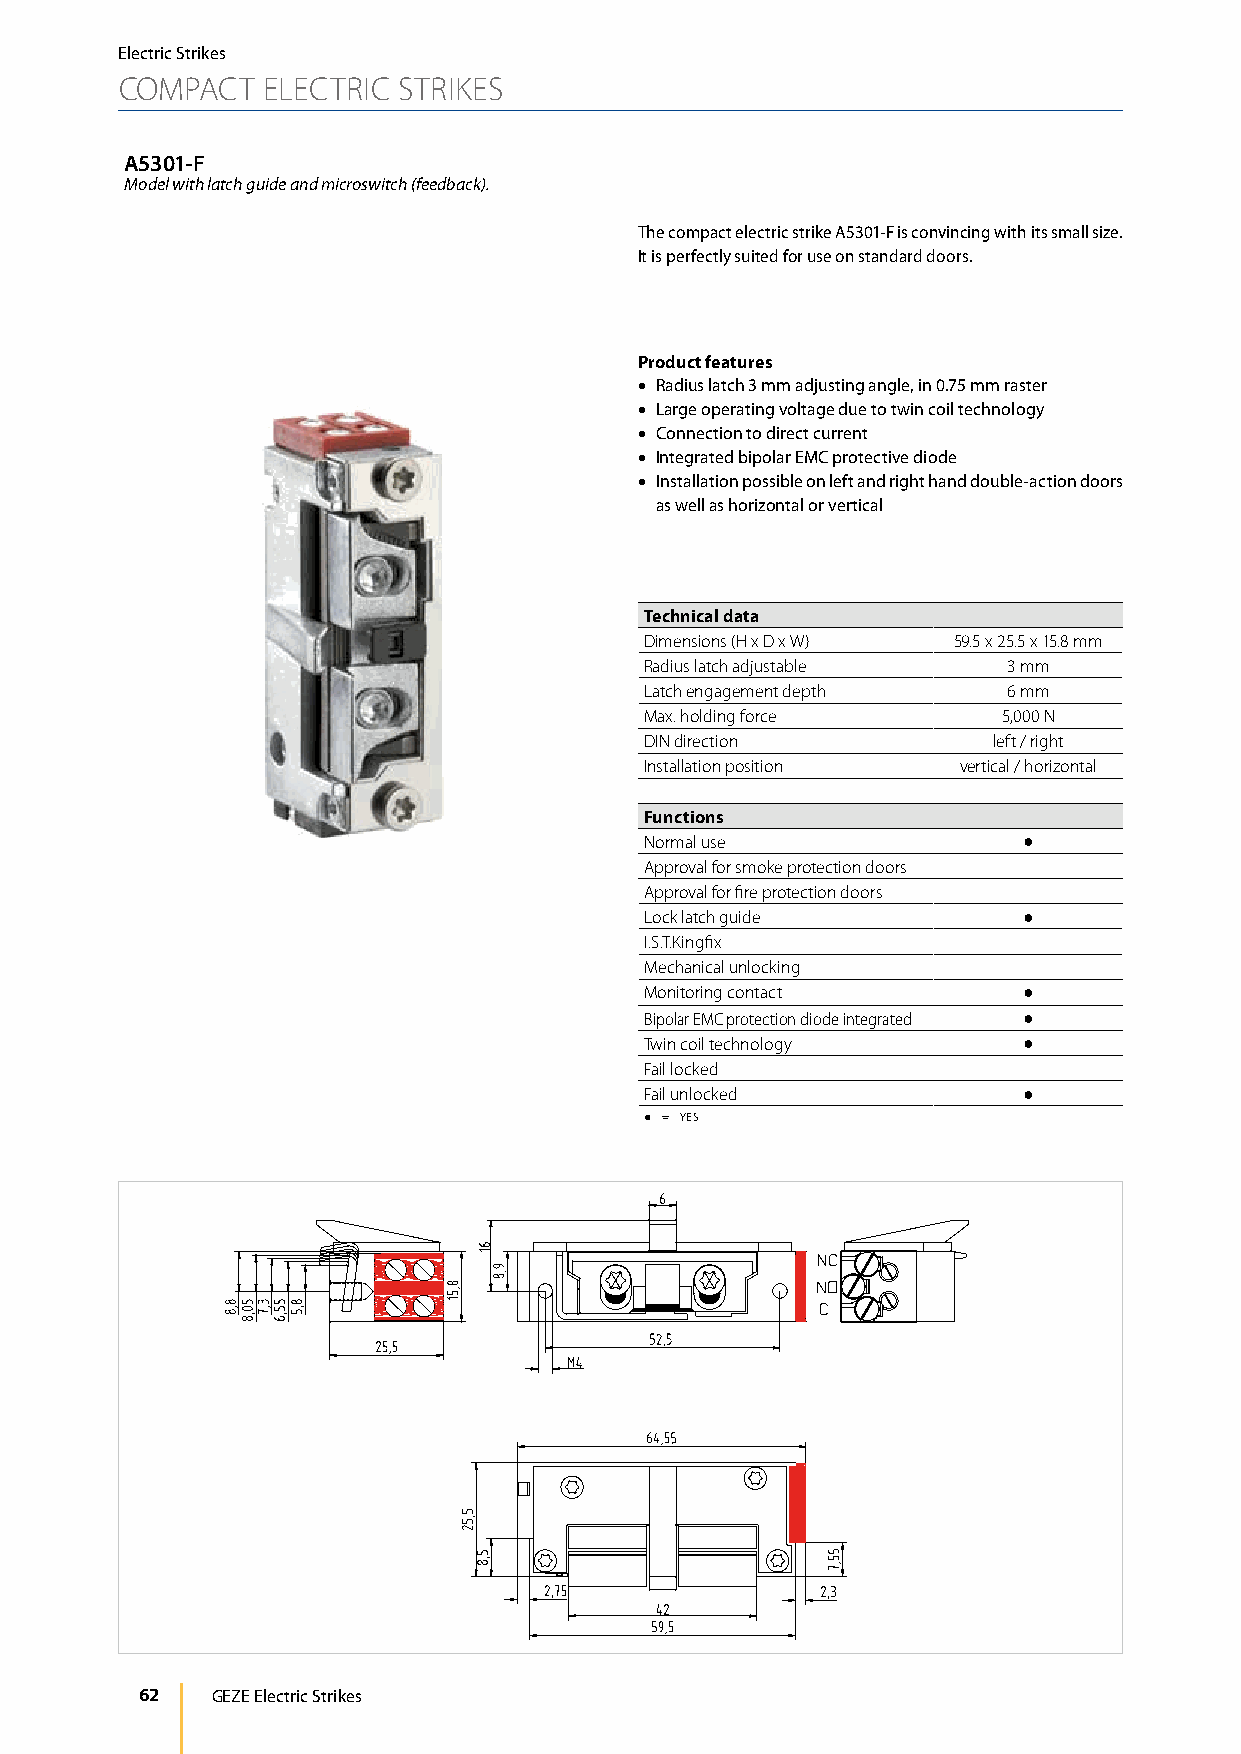
Electric Strikes
 COMPACT  ELECTRIC STRIKES
 A5301-F
 Model with latch guide and microswitch (feedback).
 The compact electric strike A5301-F is convincing with its small size.
 It is perfectly suited for use on standard doors.
 Product features
 • Radius latch 3 mm adjusting angle, in 0.75 mm raster
 • Large operating voltage due to twin coil technology
 • Connection to direct current
 • Integrated bipolar EMC protective diode
 • Installation possible on left and right hand double-action doors
 as well as horizontal or vertical
 Technical data
 Dimensions (H x D x W) 59.5 x 25.5 x 15.8 mm
 Radius latch adjustable 3 mm
 Latch engagement depth  6 mm
 Max. holding force     5,000 N
 DIN direction          left / right
 Installation position vertical / horizontal
 Functions
 Normal use               ●
 Approval for smoke protection doors
 Approval for fire protection doors
 Lock latch guide         ●
 I.S.T.Kingfix
 Mechanical unlocking
 Monitoring contact       ●
 Bipolar EMC protection diode integrated ●
 Twin coil technology     ●
 Fail locked
 Fail unlocked            ●
 ● = YES
 62   GEZE Electric Strikes